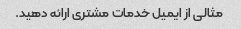
مثالی از ایمیل خدمات مشتری ارائه دهید.